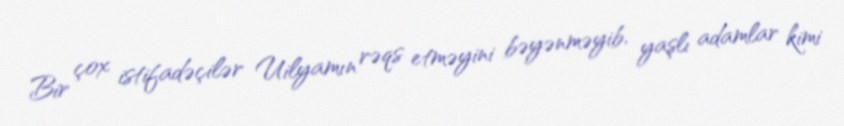
Bir çox istifadəçilər Uilyamın rəqs etməyini bəyənməyib, yaşlı adamlar kimi